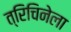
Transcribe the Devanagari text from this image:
त्रिचिनेला